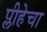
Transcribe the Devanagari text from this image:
प्लीहेचा